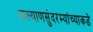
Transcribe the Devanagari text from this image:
कल्याणसुंदरम्यांच्याकडे